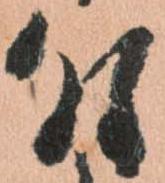
付